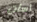
أسأت